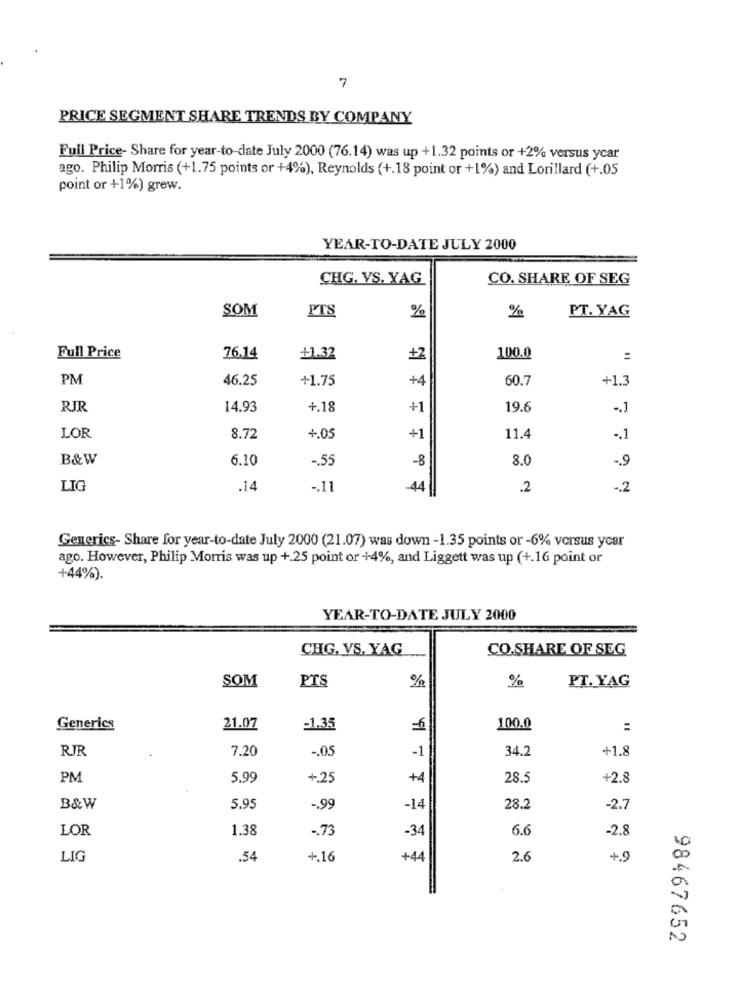
7
PRICE SEGMENT SHARE TRENDS BY COMPANY
Full Price- Share for year-to-date July 2000 (76.14) was up +1.32 points or +2% versus ycar
ago. Philip Morris (+1.75 points or +4%), Reynolds (+.18 point or +1%) and Lorillard (+.05
point or +1%) grew.
YEAR-TO-DATE JULY 2000
CHG. VS. YAG
CO. SHARE OF SEG
SOM
PTS
%
PT. YAG
%
100.0
Full Price
76.14
+1.32
+2
=
PM
46.25
+1.75
+4
60.7
+1.3
RJR
14.93
+.18
+1
19.6
.. 1
LOR
8.72
+.05
+1
11.4
-. 1
B&W
6.10
-. 55
-8
8.0
-. 9
LIG
.14
-. 11
-44
.2
-. 2
Generics- Share for year-to-date July 2000 (21.07) was down -1.35 points or -6% versus year
ago. However, Philip Morris was up +25 point or +4%, and Liggett was up (+.16 point or
+44%).
YEAR-TO-DATE JULY 2000
CHG, VS. YAG
CO.SHARE OF SEG
SOM
PTS
%
%
PT. YAG
Generics
21.07
=1.35
100.0
:
RJR
7.20
-. 05
34.2
+1.8
-1
PM
5.99
+.25
+4
28.5
+2.8
B&W
5.95
-. 99
-14
28.2
-2.7
LOR
1.38
-. 73
6.6
-2.8
-34
LIG
.54
+.16
+44
2.6
+.9
98467652